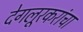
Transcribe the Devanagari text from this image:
देगलूरकरांचा